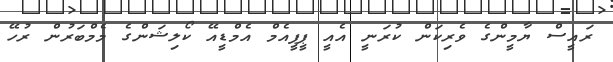
ރައީސް ޔާމީންގެ ވެރިކަން ކުރަނީ އެއީ ޕީޕީއެމް އެމްޑީއޭ ކޯލިޝަންގެ މެމްބަރުން ރުހޭ